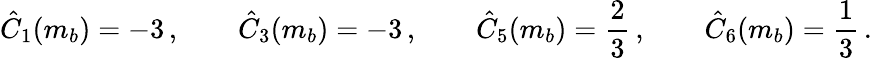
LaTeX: \hat{C}_{1}(m_{b})=-3\, ,\qquad\hat{C}_{3}(m_{b})=-3\, ,\qquad\hat{C}_{5}(m_{b})={\frac{2}{3}}\, ,\qquad\hat{C}_{6}(m_{b})={\frac{1}{3}}\, .